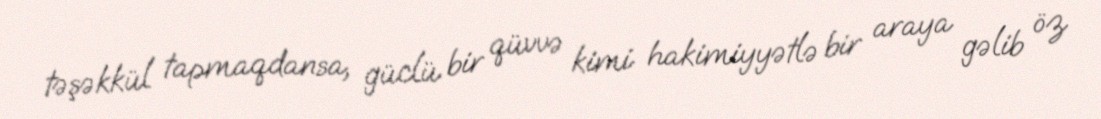
təşəkkül tapmaqdansa, güclü bir qüvvə kimi hakimiyyətlə bir araya gəlib öz